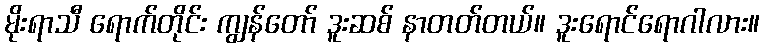
မိုးရာသီ ရောက်တိုင်း ကျွန်တော် ဒူးဆစ် နာတတ်တယ်။ ဒူးရောင်ရောဂါလား။